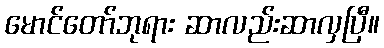
မောင်တော်ဘုရား ဆာလည်းဆာလှပြီ။